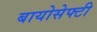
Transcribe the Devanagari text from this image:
बायोसेफ्टी